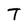
Character: T